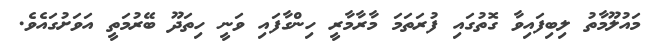
މައުލޫމާތު ލިބިފައިވާ ގޮތުގައި ފުރަތަމަ މާރާމާރީ ހިންގާފައި ވަނީ ހިތަދޫ ބޭރުމަތީ އަވަށުގައެވެ.